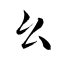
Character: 幺